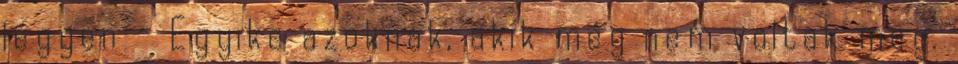
legyen - Egyike azoknak, akik még nem voltak meg.